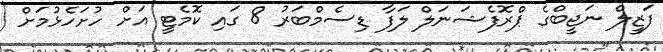
ފަޒީލް ނަޖީބްގެ ޕްރޮފެޝަނަލް ލަފާ ޑިސެމްބަރު 8 ގައި ކޮމެޓީ އަށް ހުށަހެޅުމަށް